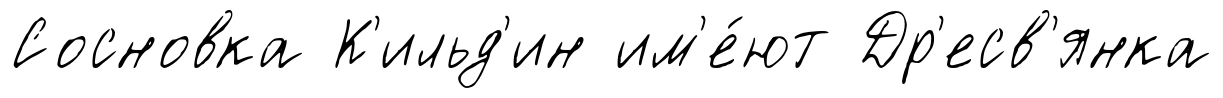
Сосновка К'ильд'ин им'е́ют Др'есв'янка